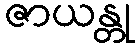
ဇာယန္တု